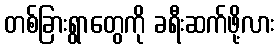
တစ်ခြားရွာတွေကို ခရီးဆက်ဖို့လား